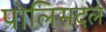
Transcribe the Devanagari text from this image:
पोलिसदल